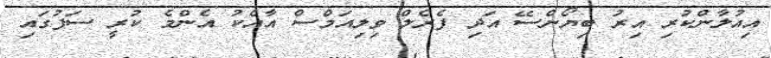
އިއުލާންކުރި އިރު ބިޔޯންސޭ އަދި ފެރެލް ވިލިއަމްސް އާއެކު އެންމެ ކުރީ ސަފުގައި